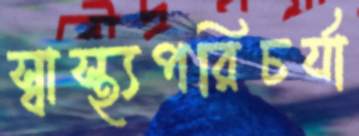
স্বাস্থ্যপরিচর্যা